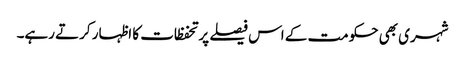
شہری بھی حکومت کے اس فیصلے پر تحفظات کا اظہار کرتے رہے۔